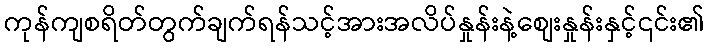
ကုန်ကျစရိတ်တွက်ချက်ရန်သင့်အားအလိပ်နှုန်းနဲ့စျေးနှုန်းနှင့်၎င်း၏